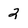
Character: 2